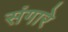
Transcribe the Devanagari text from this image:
संगारे